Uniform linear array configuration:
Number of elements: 64
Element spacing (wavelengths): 0.25
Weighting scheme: hamming
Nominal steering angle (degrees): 0
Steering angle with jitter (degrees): -1.779
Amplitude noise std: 0.05
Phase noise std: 0.05

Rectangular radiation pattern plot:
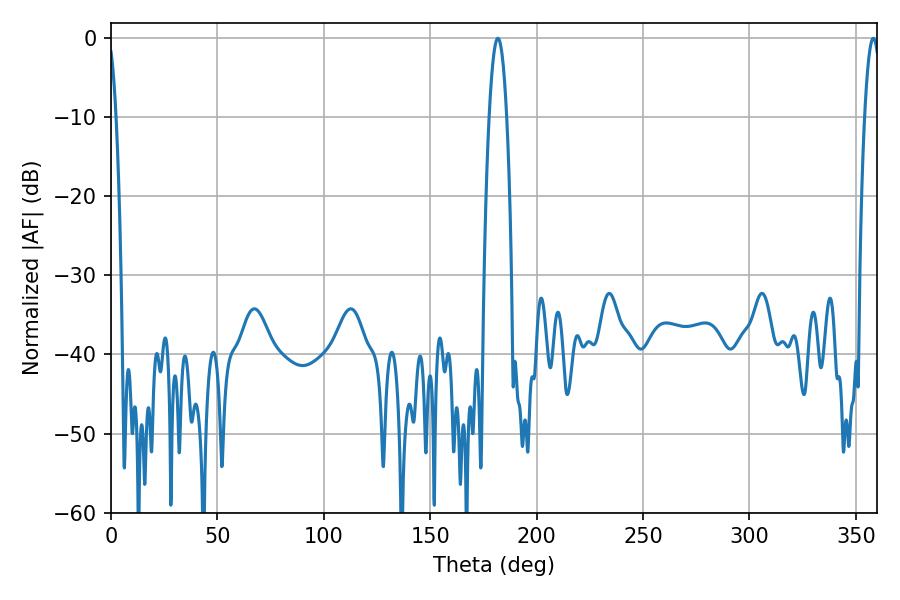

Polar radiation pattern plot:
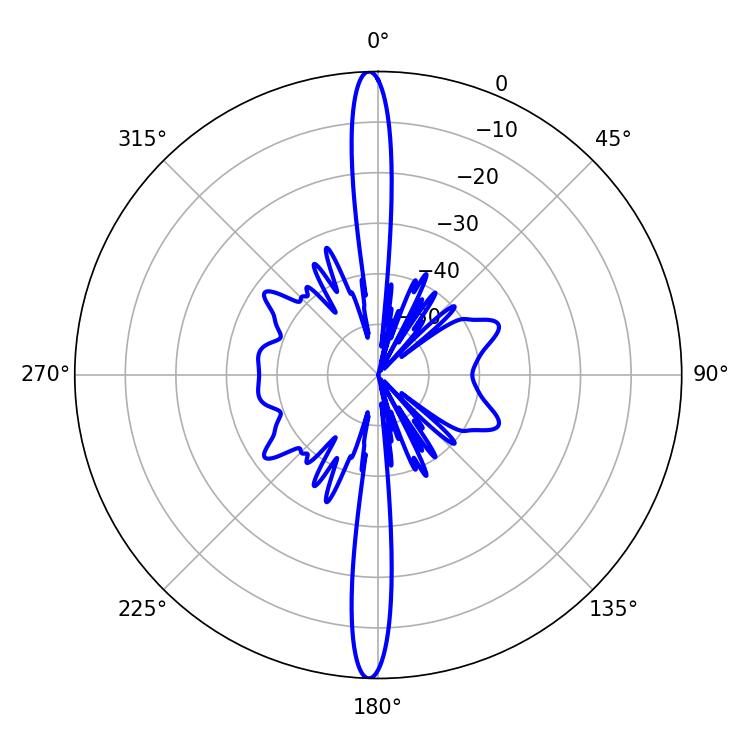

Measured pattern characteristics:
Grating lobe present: FALSE
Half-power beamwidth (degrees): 4.5
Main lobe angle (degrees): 181.8